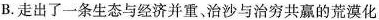
B.走出了一条生态与经济并重、治沙与治穷共赢的荒漠化